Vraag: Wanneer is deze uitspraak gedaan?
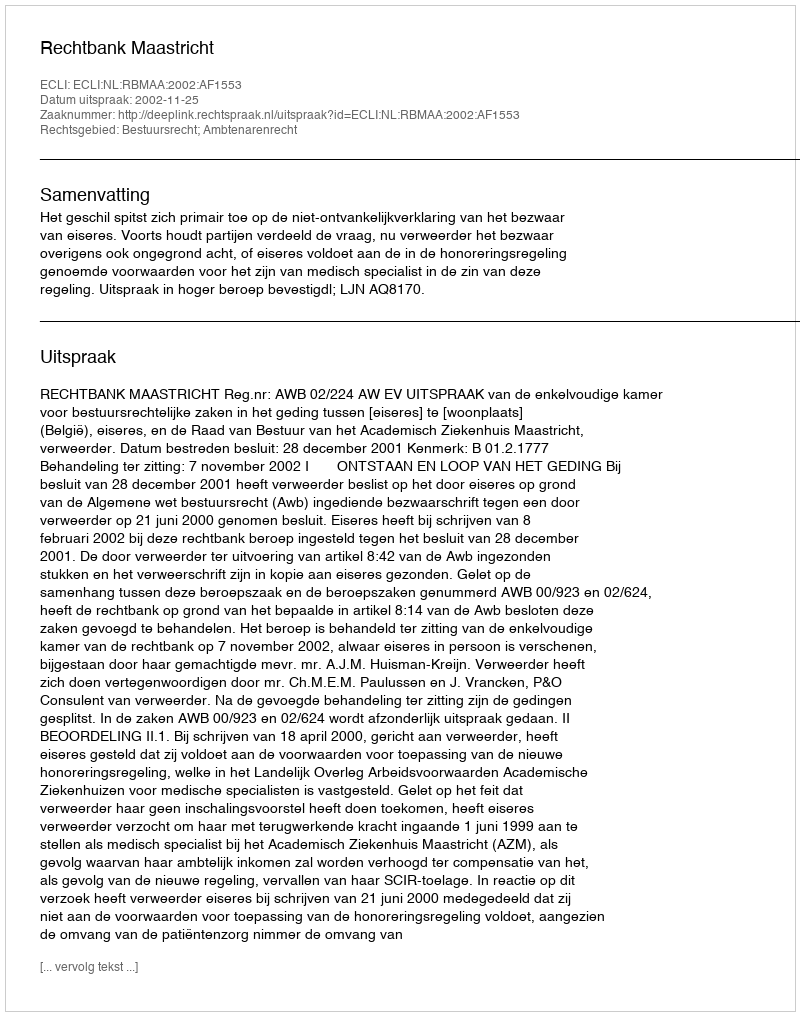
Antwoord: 2002-11-25